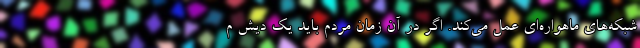
شبکه‌های ماهواره‌ای عمل می‌کند. اگر در آن زمان مردم باید یک دیش م